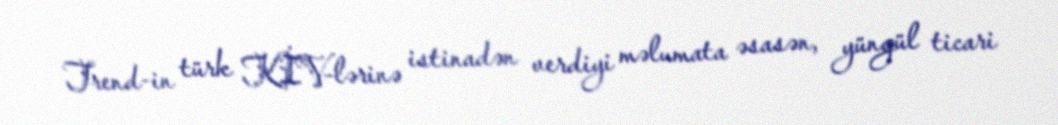
Trend-in türk KİV-lərinə istinadən verdiyi məlumata əsasən, yüngül ticari